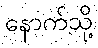
နောက်သို့